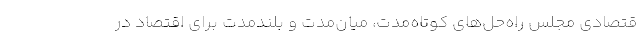
قتصادی مجلس راه‌حل‌های کوتاه‌مدت، میان‌مدت و بلندمدت برای اقتصاد در